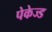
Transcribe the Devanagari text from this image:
पेकेज्ड